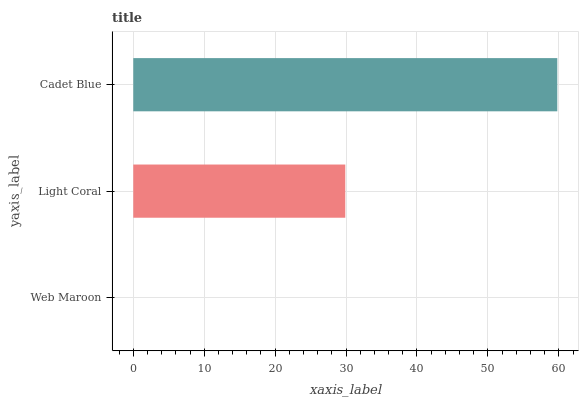
| yaxis_label | bars |
 | --- | --- |
 | Web Maroon | 0 |
 | Light Coral | 29.9 |
 | Cadet Blue | 59.8 |